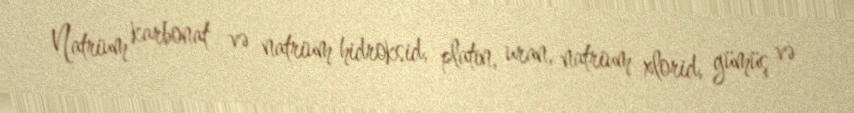
Natrium karbonat və natrium hidroksid, platin, uran, natrium xlorid, gümüş və